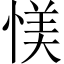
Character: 𱞸